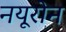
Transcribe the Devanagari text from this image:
नयूरोन